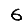
Digit: 6